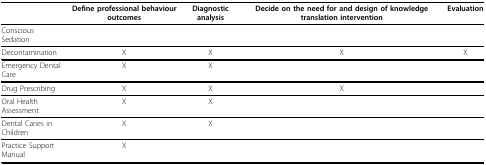
<table><thead><tr><td></td><td><b>Define professional behaviour outcomes</b></td><td><b>Diagnostic analysis</b></td><td><b>Decide on the need for and design of knowledge translation intervention</b></td><td><b>Evaluation</b></td></tr></thead><tbody><tr><td>Conscious Sedation</td><td></td><td></td><td></td><td></td></tr><tr><td>Decontamination</td><td>X</td><td>X</td><td>X</td><td>X</td></tr><tr><td>Emergency Dental Care</td><td>X</td><td>X</td><td></td><td></td></tr><tr><td>Drug Prescribing</td><td>X</td><td>X</td><td>X</td><td></td></tr><tr><td>Oral Health Assessment</td><td>X</td><td>X</td><td></td><td></td></tr><tr><td>Dental Caries in Children</td><td>X</td><td>X</td><td></td><td></td></tr><tr><td>Practice Support Manual</td><td>X</td><td></td><td></td><td></td></tr></tbody></table>